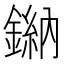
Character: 𫒾